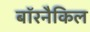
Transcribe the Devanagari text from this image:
बॉरनैकिल